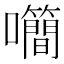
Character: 𡅉